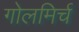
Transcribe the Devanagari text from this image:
गोलमिर्च